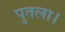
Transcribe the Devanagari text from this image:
पुतला।